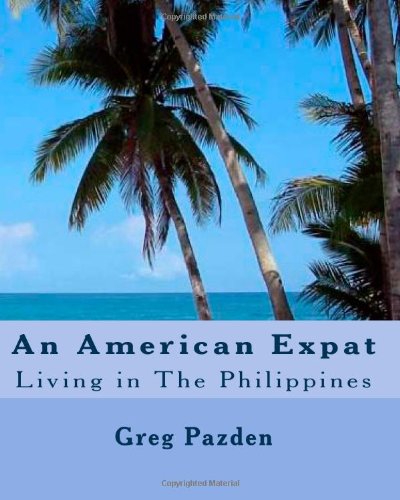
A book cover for An American Expat: Living In The Philippines; Greg Pazden; Travel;